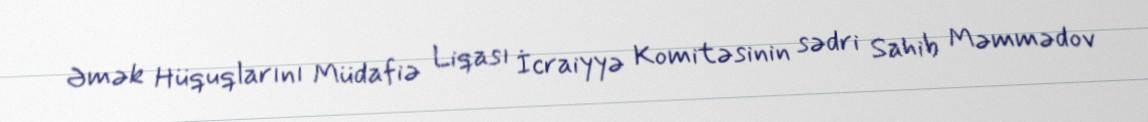
Əmək Hüquqlarını Müdafiə Liqası İcraiyyə Komitəsinin sədri Sahib Məmmədov